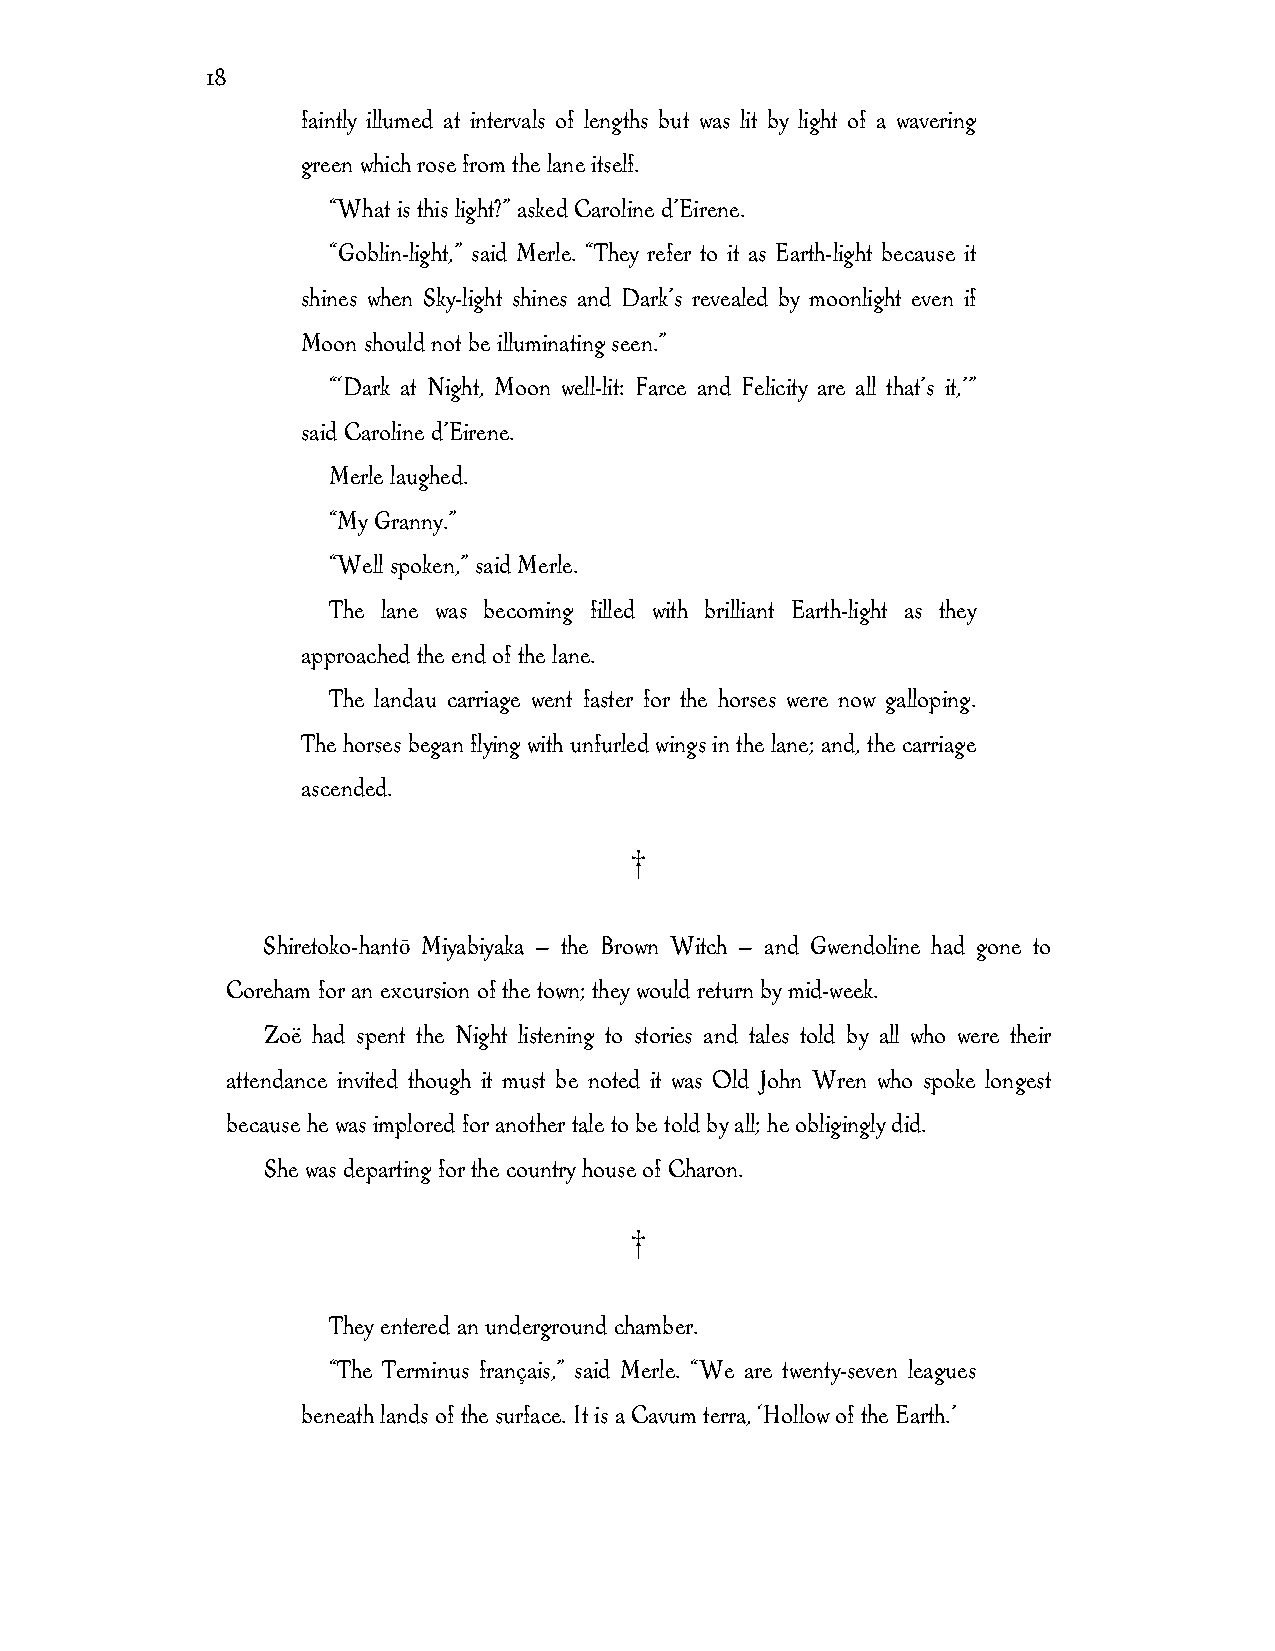
18
 faintly illumed at intervals of lengths but was lit by light of a wavering
 green which rose from the lane itself.
 “What is this light?” asked Caroline d’Eirene.
 “Goblin-light,” said Merle. “They refer to it as Earth-light because it
 shines when Sky-light shines and Dark’s revealed by moonlight even if
 Moon should not be illuminating seen.”
 “‘Dark at Night, Moon well-lit: Farce and Felicity are all that’s it,’”
 said Caroline d’Eirene.
 Merle laughed.
 “My Granny.”
 “Well spoken,” said Merle.
 The lane was becoming filled with brilliant Earth-light as they
 approached the end of the lane.
 The landau carriage went faster for the horses were now galloping.
 The horses began flying with unfurled wings in the lane; and, the carriage
 ascended.
 †
 Shiretoko-hantō Miyabiyaka — the Brown Witch — and Gwendoline had gone to
 Coreham for an excursion of the town; they would return by mid-week.
 Zoë had spent the Night listening to stories and tales told by all who were their
 attendance invited though it must be noted it was Old John Wren who spoke longest
 because he was implored for another tale to be told by all; he obligingly did.
 She was departing for the country house of Charon.
 †
 They entered an underground chamber.
 “The Terminus français,” said Merle. “We are twenty-seven leagues
 beneath lands of the surface. It is a Cavum terra, ‘Hollow of the Earth.’